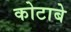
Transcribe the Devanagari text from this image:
कोटाबे